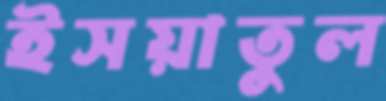
ইসয়াতুল